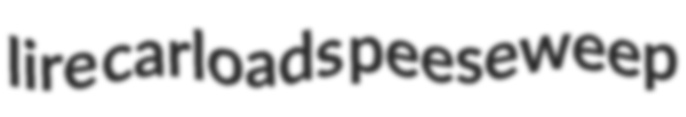
lire carloads peeseweep